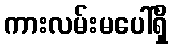
ကားလမ်းမပေါ်ရှိ